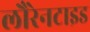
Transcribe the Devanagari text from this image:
लौरेनटाइड